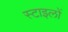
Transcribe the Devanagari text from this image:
स्टाइलों